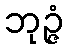
ဘုဉ္ဇံ